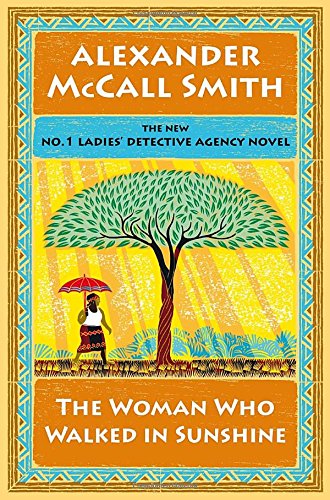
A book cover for The Woman Who Walked in Sunshine: No. 1 Ladies' Detective Agency (16) (No. 1 Ladies' Detective Agency Series); Alexander McCall Smith; Mystery, Thriller & Suspense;